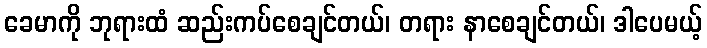
ခေမာကို ဘုရားထံ ဆည်းကပ်စေချင်တယ်၊ တရား နာစေချင်တယ်၊ ဒါပေမယ့်